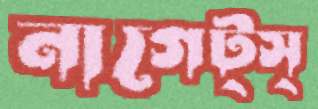
নাগেট্স্